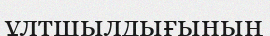
ұлтшылдығының